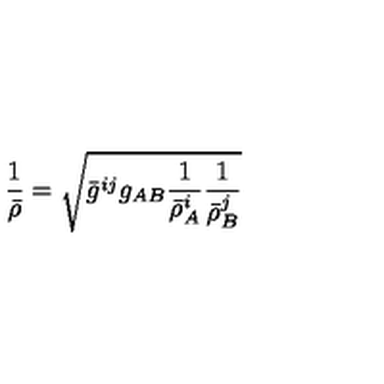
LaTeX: \frac { 1 } { \bar { \rho } } = \sqrt { \bar { g } ^ { i j } g _ { A B } \frac { 1 } { \bar { \rho } _ { A } ^ { i } } \frac { 1 } { \bar { \rho } _ { B } ^ { j } } }